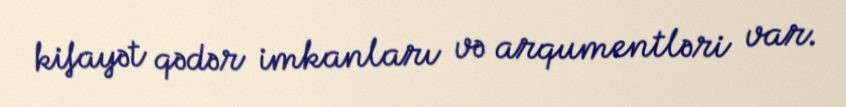
kifayət qədər imkanları və arqumentləri var.